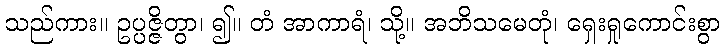
သည်ကား။ ဥပ္ပဇ္ဇိတွာ၊ ၍။ တံ အာကာရံ၊ သို့။ အဘိသမေတုံ၊ ရှေးရှုကောင်းစွာ